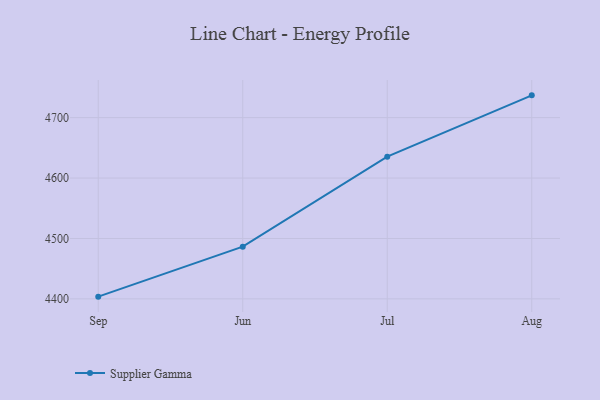
{"axis": {"x": "Month", "y": "Gross Profit (USD K)"}, "legend": ["Supplier Gamma"], "data": [{"x": "Sep", "y": 4403.7, "type": "Supplier Gamma"}, {"x": "Jun", "y": 4486.4, "type": "Supplier Gamma"}, {"x": "Jul", "y": 4635.4, "type": "Supplier Gamma"}, {"x": "Aug", "y": 4736.9, "type": "Supplier Gamma"}]}